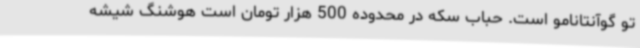
تو گوآنتانامو است. حباب سکه در محدوده 500 هزار تومان است هوشنگ شیشه